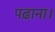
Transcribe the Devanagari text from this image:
पढ़ाना।